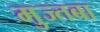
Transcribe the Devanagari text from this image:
मुज्तबा